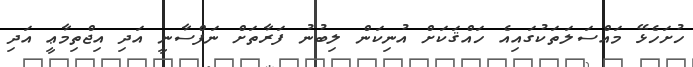
ހުށަހެޅޭ މައްސަލަތަކުގައިއެ ހައްޤަކަށް އުނިކަން ލިބުނު ފަރާތަށް ނަފްސާނީ އަދި އިޖްތިމާޢީ އަދި